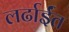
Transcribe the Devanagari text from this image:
लर्ढाईंत